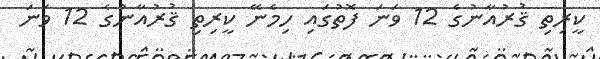
ކީރިތި ޤުރުއާނުގެ 12 ވަނަ ފޮތުގައި ހިމެނޭ ކީރިތި ޤުރުއާނުގެ 12 ވަނަ